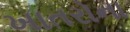
ખાતરોના